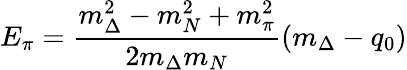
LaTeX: E_{\pi}={\frac{m_{\Delta}^{2}-m_{N}^{2}+m_{\pi}^{2}}{2m_{\Delta}m_{N}}}(m_{\Delta}-q_{0})